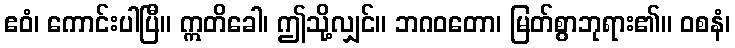
ဧဝံ၊ ကောင်းပါပြီ။ ဣတိခေါ၊ ဤသို့လျှင်။ ဘဂဝတော၊ မြတ်စွာဘုရား၏။ ဝစနံ၊